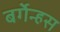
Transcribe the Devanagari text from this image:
बर्गेन्हस